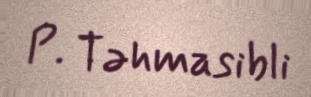
P. Təhmasibli